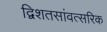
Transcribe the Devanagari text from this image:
द्विशतसांवत्सरिक